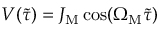
V ( \tilde { \tau } ) = J _ { \mathrm { M } } \cos ( \Omega _ { \mathrm { M } } \tilde { \tau } )